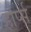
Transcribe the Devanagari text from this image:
हार्प्स